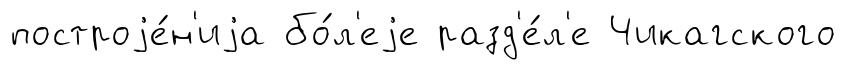
построjе́н'иjа бо́л'еjе разд'е́л'е Чикагского